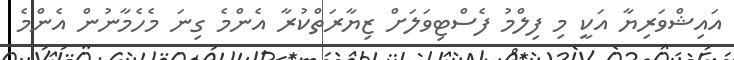
އައިޝްވަރިޔާ އަކީ މި ފިލްމު ފެސްޓިވަލަށް ޒިޔާރަތްކުރާ އެންމެ ގިނަ މެހެމާނުން އެންމެ